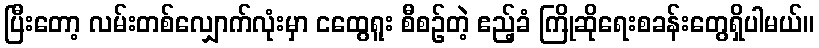
ပြီးတော့ လမ်းတစ်လျှောက်လုံးမှာ ငထွေရူး စီစဉ်တဲ့ ဧည့်ခံ ကြိုဆိုရေးစခန်းတွေရှိပါမယ်။